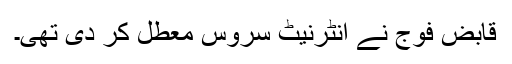
قابض فوج نے انٹرنیٹ سروس معطل کر دی تھی۔